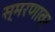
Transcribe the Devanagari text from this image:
स्मरणावर